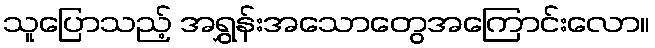
သူပြောသည့် အရွှန်းအသောတွေအကြောင်းလော။